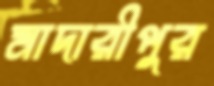
মাদারীপুর